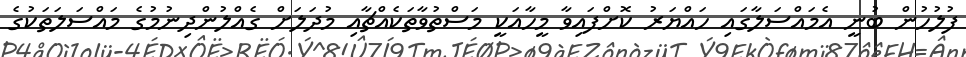
ފުލުހުން ބުނީ އެމައްސަލާގައި ހައްޔަރު ކޮށްފައިވާ މީހާއަކީ މަސްތުވާތަކެއްޗާއި މުދަލަށް ގެއްލުންދިނުމުގެ މައްސަލަތަކުގެ